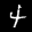
Label: 4